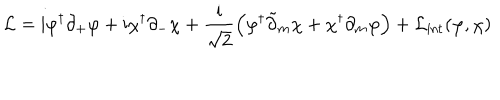
{ \cal L } = \mathrm { i } \varphi ^ { \dagger } \partial _ { + } \varphi + \mathrm { i } \chi ^ { \dagger } \partial _ { - } \chi + \frac { \mathrm { i } } { \sqrt { 2 } } \left( \varphi ^ { \dagger } \tilde { \partial } _ { m } \chi + \chi ^ { \dagger } \partial _ { m } \varphi \right) + { \cal L } _ { \mathrm { i n t } } ( \varphi , \chi )